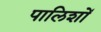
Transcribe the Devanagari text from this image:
पालिशों